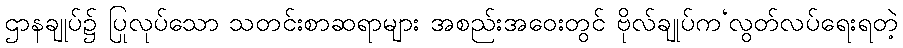
ဌာနချုပ်၌ ပြုလုပ်သော သတင်းစာဆရာများ အစည်းအဝေးတွင် ဗိုလ်ချုပ်က‘လွတ်လပ်ရေးရတဲ့